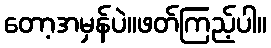
တော့အမှန်ပဲ။ဖတ်ကြည့်ပါ။